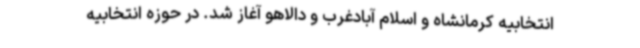
انتخابیه کرمانشاه و اسلام آبادغرب و دالاهو آغاز شد. در حوزه انتخابیه